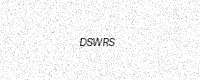
Text: DSWRS